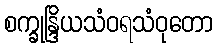
စက္ခုန္ဒြိယသံဝရသံဝုတော